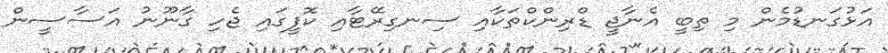
އަޅުގަނޑުމެން މި ތިބީ އެނާޖީ ޑްރިންކްތަކާއި ސިނގިރޭޓާއި ކޮފީގައި ޖެހި ގާނޫނު އަސާސީން